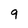
Character: 9